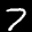
Label: 7